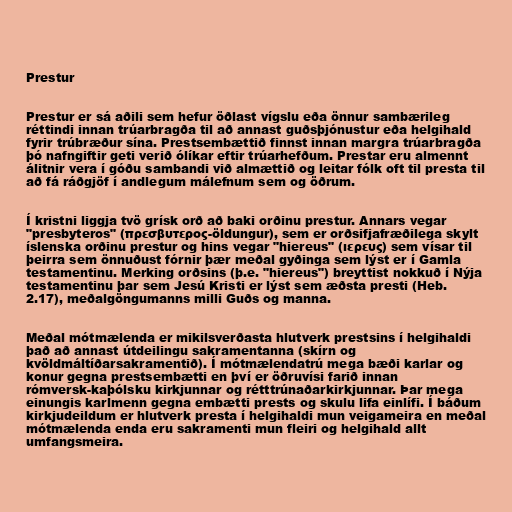
Prestur

Prestur er sá aðili sem hefur öðlast vígslu eða önnur sambærileg
réttindi innan trúarbragða til að annast guðsþjónustur eða helgihald
fyrir trúbræður sína. Prestsembættið finnst innan margra trúarbragða
þó nafngiftir geti verið ólíkar eftir trúarhefðum. Prestar eru almennt
álitnir vera í góðu sambandi við almættið og leitar fólk oft til presta til
að fá ráðgjöf í andlegum málefnum sem og öðrum.

Í kristni liggja tvö grísk orð að baki orðinu prestur. Annars vegar
"presbyteros" (πρεσβυτερος-öldungur), sem er orðsifjafræðilega skylt
íslenska orðinu prestur og hins vegar "hiereus" (ιερευς) sem vísar til
þeirra sem önnuðust fórnir þær meðal gyðinga sem lýst er í Gamla
testamentinu. Merking orðsins (þ.e. "hiereus") breyttist nokkuð í Nýja
testamentinu þar sem Jesú Kristi er lýst sem æðsta presti (Heb.
2.17), meðalgöngumanns milli Guðs og manna.

Meðal mótmælenda er mikilsverðasta hlutverk prestsins í helgihaldi
það að annast útdeilingu sakramentanna (skírn og
kvöldmáltíðarsakramentið). Í mótmælendatrú mega bæði karlar og
konur gegna prestsembætti en því er öðruvísi farið innan
rómversk-kaþólsku kirkjunnar og rétttrúnaðarkirkjunnar. Þar mega
einungis karlmenn gegna embætti prests og skulu lifa einlífi. Í báðum
kirkjudeildum er hlutverk presta í helgihaldi mun veigameira en meðal
mótmælenda enda eru sakramenti mun fleiri og helgihald allt
umfangsmeira.